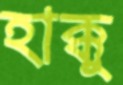
হাক্কু